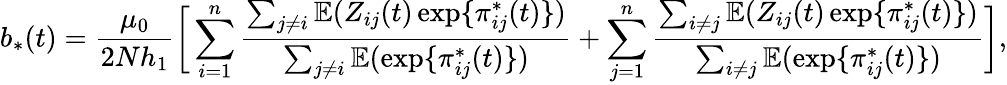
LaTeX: b_{*}(t)=\frac{\mu_{0}}{2Nh_{1}}\bigg[\sum_{i=1}^{n}\frac{\sum_{j\neq i}\mathbb{E}(Z_{ij}(t)\exp\{ \pi_{ij}^{*}(t)\} )}{\sum_{j\neq i}\mathbb{E}(\exp\{ \pi_{ij}^{*}(t)\} )}+\sum_{j=1}^{n}\frac{\sum_{i\neq j}\mathbb{E}(Z_{ij}(t)\exp\{ \pi_{ij}^{*}(t)\} )}{\sum_{i\neq j}\mathbb{E}(\exp\{ \pi_{ij}^{*}(t)\} )}\bigg],